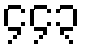
၄၄၃